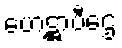
ဟေဋ္ဌာပီဌေ